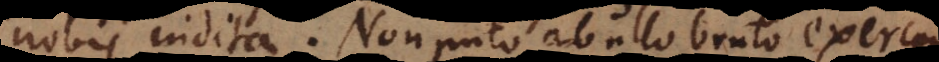
nobis indita. Non puto ab ullo bruto exerceri